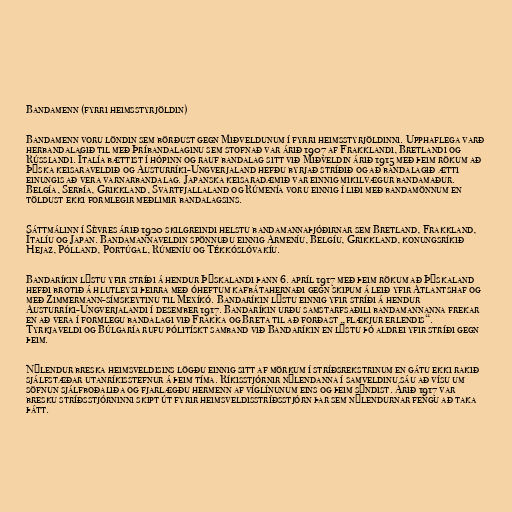
Bandamenn (fyrri heimsstyrjöldin)

Bandamenn voru löndin sem börðust gegn Miðveldunum í fyrri heimsstyrjöldinni. Upphaflega varð
herbandalagið til með Þríbandalaginu sem stofnað var árið 1907 af Frakklandi, Bretlandi og
Rússlandi. Ítalía bættist í hópinn og rauf bandalag sitt við Miðveldin árið 1915 með þeim rökum að
Þýska keisaraveldið og Austurríki-Ungverjaland hefðu byrjað stríðið og að bandalagið ætti
einungis að vera varnarbandalag. Japanska keisaradæmið var einnig mikilvægur bandamaður.
Belgía, Serbía, Grikkland, Svartfjallaland og Rúmenía voru einnig í liði með bandamönnum en
töldust ekki formlegir meðlimir bandalagsins.

Sáttmálinn í Sèvres árið 1920 skilgreindi helstu bandamannaþjóðirnar sem Bretland, Frakkland,
Ítalíu og Japan. Bandamannaveldin spönnuðu einnig Armeníu, Belgíu, Grikkland, konungsríkið
Hejaz, Pólland, Portúgal, Rúmeníu og Tékkóslóvakíu.

Bandaríkin lýstu yfir stríði á hendur Þýskalandi þann 6. apríl 1917 með þeim rökum að Þýskaland
hefði brotið á hlutleysi þeirra með óheftum kafbátahernaði gegn skipum á leið yfir Atlantshaf og
með Zimmermann-símskeytinu til Mexíkó. Bandaríkin lýstu einnig yfir stríði á hendur
Austurríki-Ungverjalandi í desember 1917. Bandaríkin urðu samstarfsaðili bandamannanna frekar
en að vera í formlegu bandalagi við Frakka og Breta til að forðast „flækjur erlendis“.
Tyrkjaveldi og Búlgaría rufu pólitískt samband við Bandaríkin en lýstu þó aldrei yfir stríði gegn
þeim.

Nýlendur breska heimsveldisins lögðu einnig sitt af mörkum í stríðsrekstrinum en gátu ekki rakið
sjálfstæðar utanríkisstefnur á þeim tíma. Ríkisstjórnir nýlendanna í samveldinu sáu að vísu um
söfnun sjálfboðaliða og fjarlægðu hermenn af víglínunum eins og þeim sýndist. Árið 1917 var
bresku stríðsstjórninni skipt út fyrir heimsveldisstríðsstjórn þar sem nýlendurnar fengu að taka
þátt.